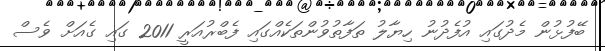
ބޭފުޅުން މެދުގައި އުފެދުނު ހިޔާލު ތަފާތުވުންތަކެއްގައި ފެބްރުއަރީ 2011 ގައި ގެއަށް ވެސް